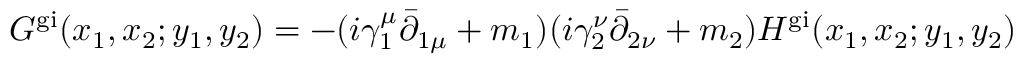
G ^ { \mathrm { g i } } ( x _ { 1 } , x _ { 2 } ; y _ { 1 } , y _ { 2 } ) = - ( i \gamma _ { 1 } ^ { \mu } \bar { \partial } _ { 1 \mu } + m _ { 1 } ) ( i \gamma _ { 2 } ^ { \nu } \bar { \partial } _ { 2 \nu } + m _ { 2 } ) H ^ { \mathrm { g i } } ( x _ { 1 } , x _ { 2 } ; y _ { 1 } , y _ { 2 } )